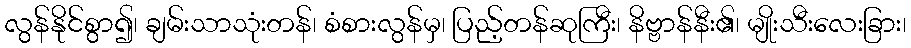
လွန်နိုင်စွာ၍၊ ချမ်းသာသုံးတန်၊ စံစားလွန်မှ၊ ပြည့်တန်ဆုကြီး၊ နိဗ္ဗာန်နီး၏၊ မျိုးသီးလေးခြား၊